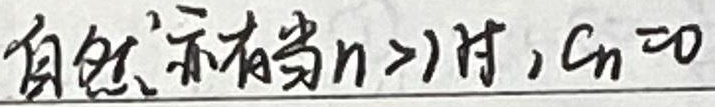
自然亦有，当\(n > 1\)时，\(C_n = 0\)